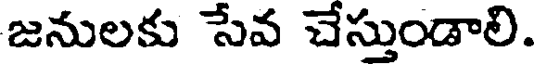
జనులకు సేవ చేస్తుండాలి.